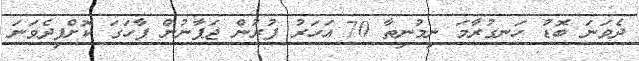
ދެވަނަ ބޮޑު ހަނގުރާމަ ނިމުނިތާ 70 އަހަރު ފުރުން ޖަޕާނުން ފާހަގަ ކޮށްފިދެވަނަ